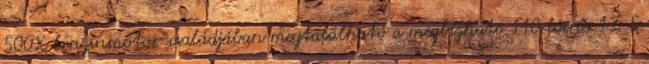
500X benzinmotor-családjában megtalálható a megbízható 110 lóerős 1.6 E